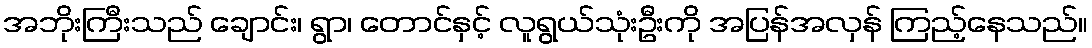
အဘိုးကြီးသည် ချောင်း၊ ရွာ၊ တောင်နှင့် လူရွယ်သုံးဦးကို အပြန်အလှန် ကြည့်နေသည်။